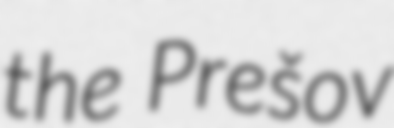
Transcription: the Prešov